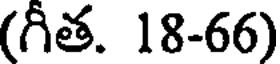
(గీత. 18-66)